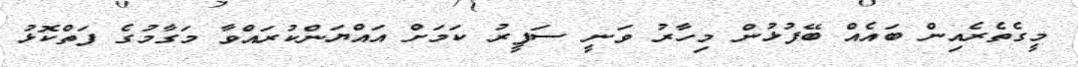
މީގެތެރެއިން ބައެއް ބޭފުޅުން މިހާރު ވަނީ ސަފީރު ކަމަށް އައްޔަންކުރައްވާ މަގާމުގެ ފަތްކޮޅު